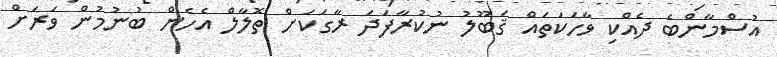
އުސްމާންބެ ދެއްކި ވާހަކަތައް ޤަބޫލު ނުކުރާފަދަ ރާގަކަށް ތޮލާލް އެހެން ބުނުމުން ވަރަށް